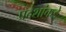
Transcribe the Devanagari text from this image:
प्रदेशांकडे